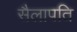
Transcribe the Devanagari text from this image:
सैलापति